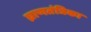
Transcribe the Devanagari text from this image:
घ्राणतंत्रिका